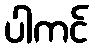
ပါကင်